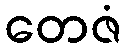
တေဇံ